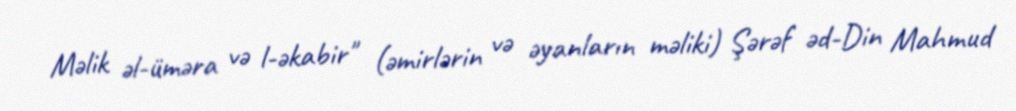
Məlik əl-üməra və l-əkabir" (əmirlərin və əyanların məliki) Şərəf əd-Din Mahmud